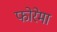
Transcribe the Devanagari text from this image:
फोरेमा